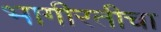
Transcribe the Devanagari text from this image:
भागीरतीचा